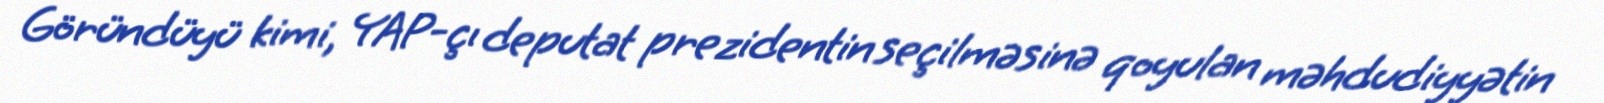
Göründüyü kimi, YAP-çı deputat prezidentin seçilməsinə qoyulan məhdudiyyətin